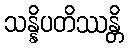
သန္နိပတိဿန္တိ